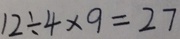
1 2 \div 4 \times 9 = 2 7